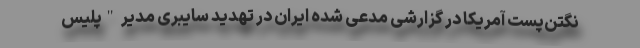
نگتن‌پست آمریکا در گزارشی مدعی شده ایران در تهدید سایبری مدیر "پلیس